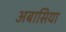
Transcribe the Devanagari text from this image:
अबासिया